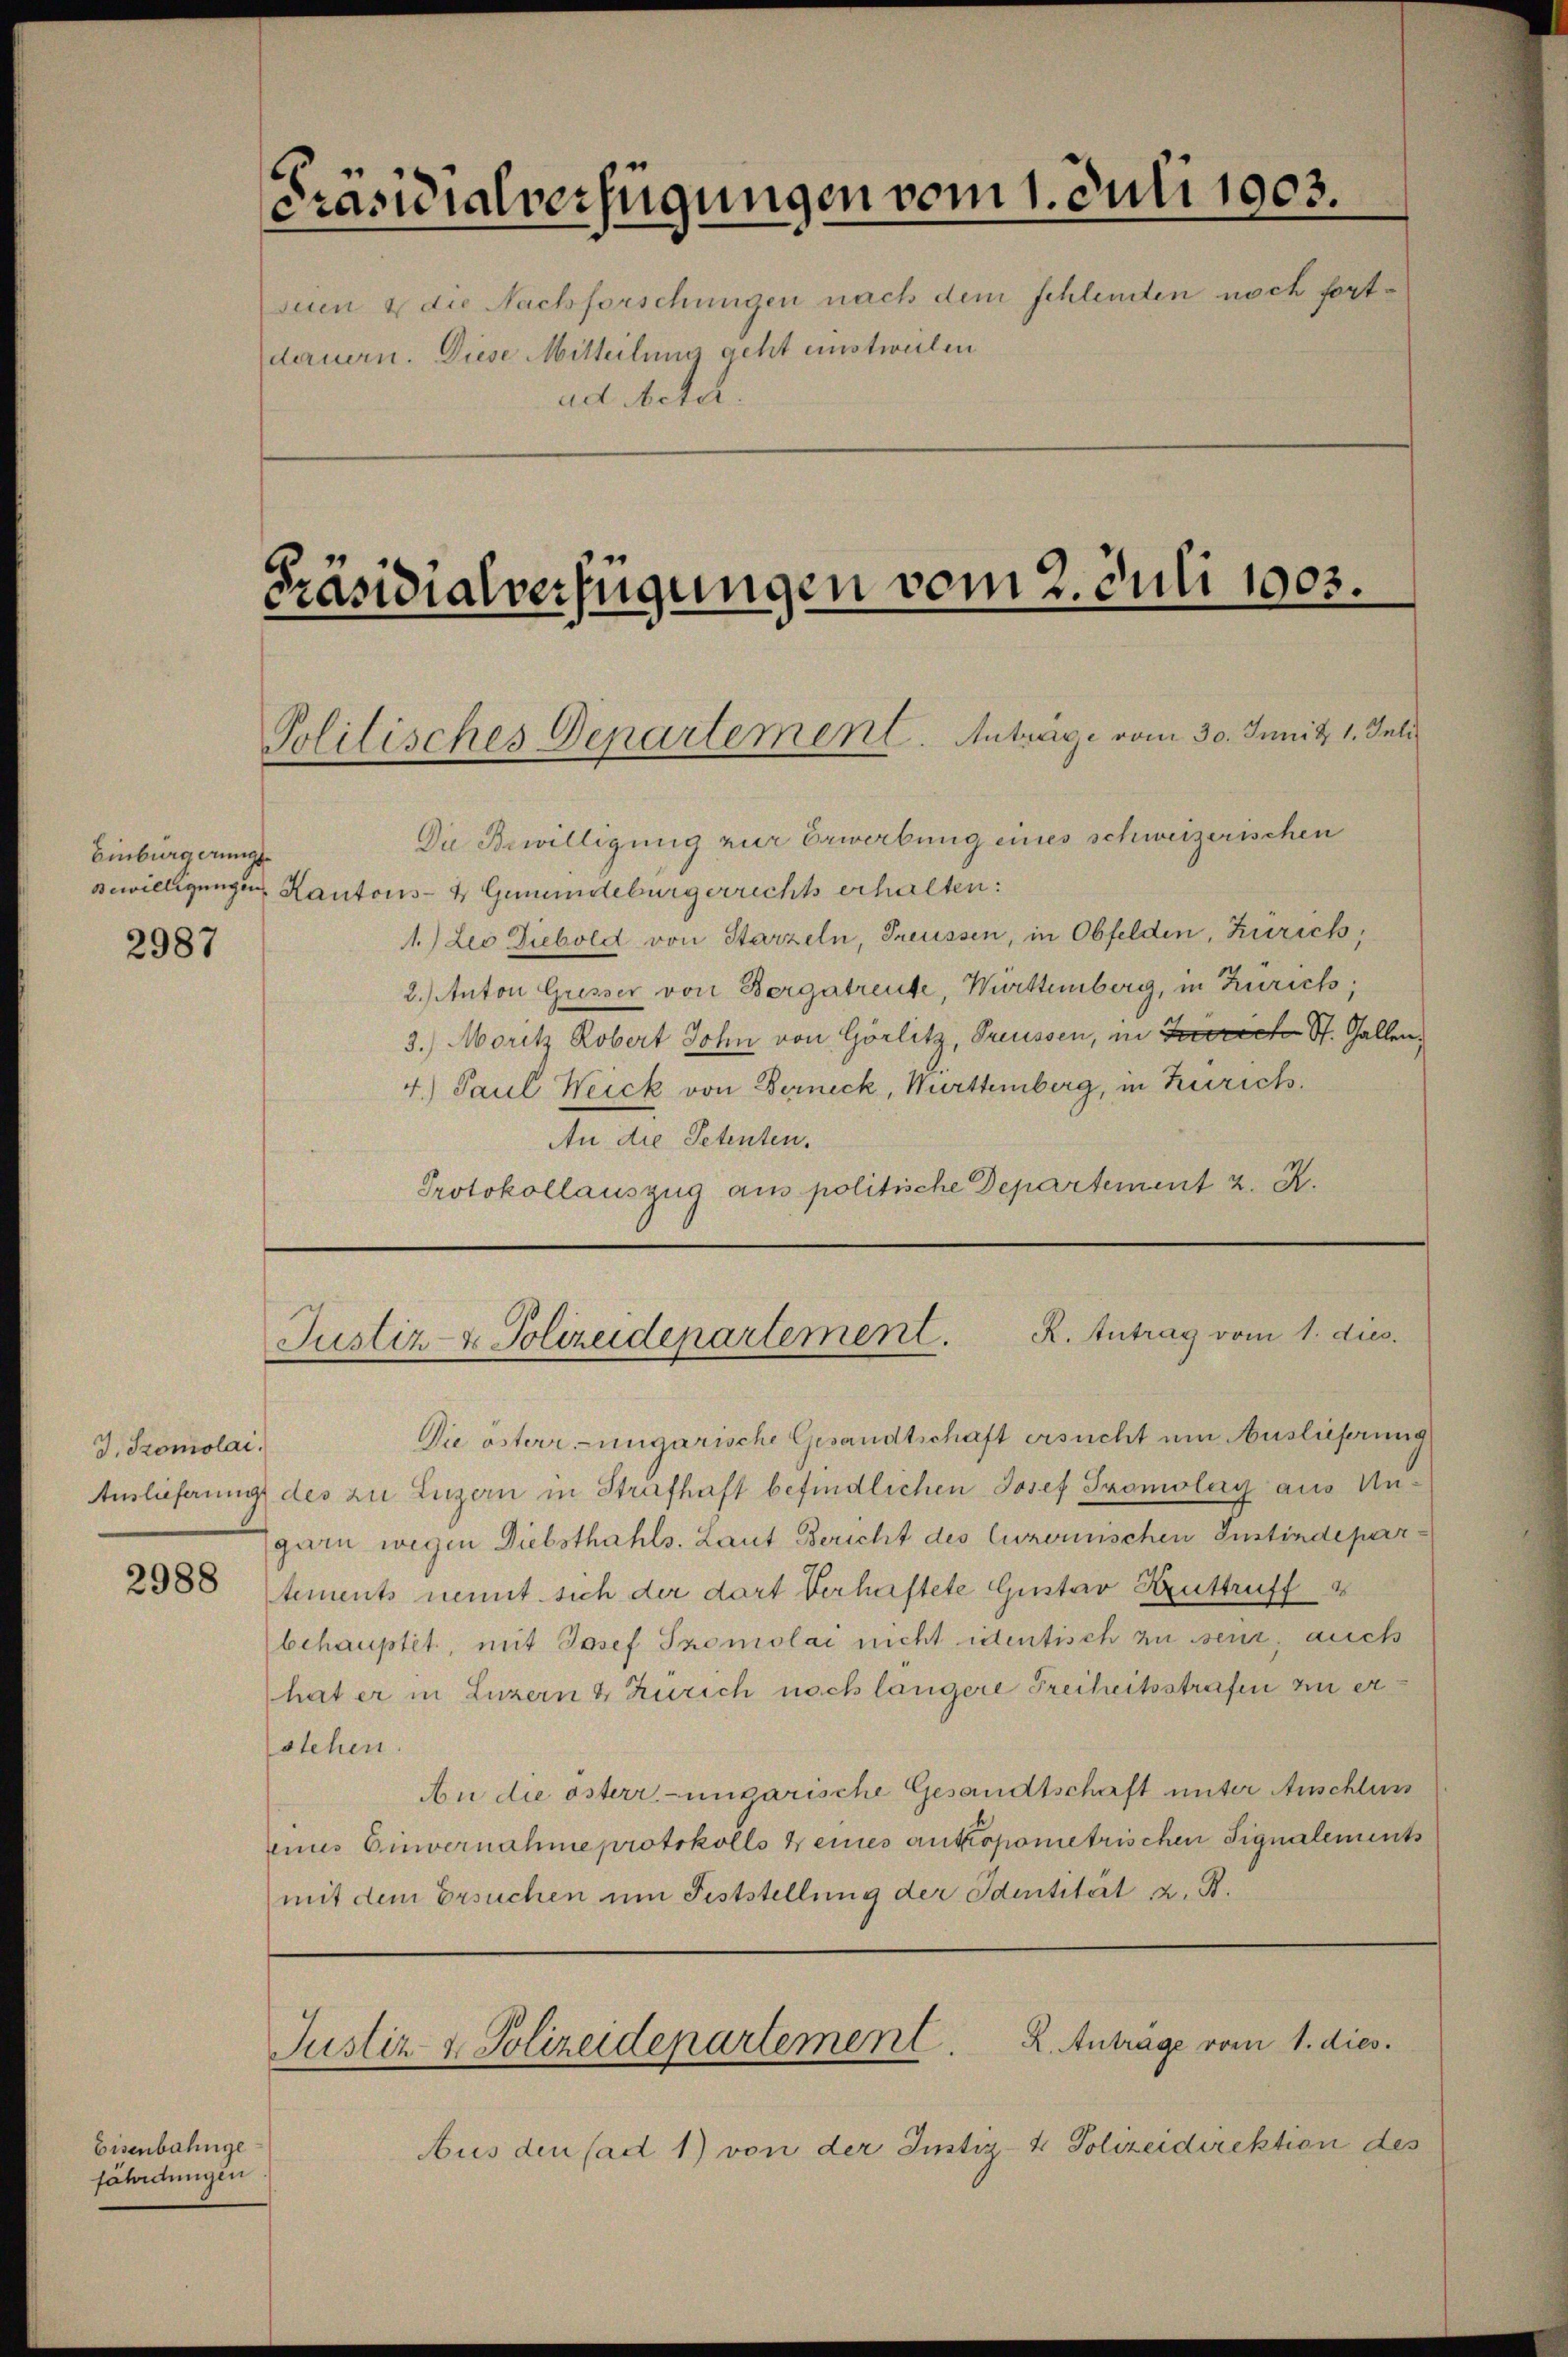
Einbürgerungs¬

2987

2988

Eisenbahnge
fährdungen

Präsidialverfügungen vom 1. Juli 1903.
suen & die Nachforschungen nach dem schlenden noch fortdauern. Diese Mitteilung geht einstweilen
ad Acta.

Präsidialverfügungen vom 2. Juli 1903.

J. Promolai.

Politisches Departement. Anträge vom 30. Juni d. 1. Juli

Du Bewilligung zur Erwerbung eines schweizerischen
Bewilligungen Kantons- & Gemeindebürgerrichts erhalten:
1.) Leo Diebold von Starzeln, Treussen, in Obfelden, Zürich,
2.) Anton Grisser von Bergatreute, Württemberg, in Zürich;
3.) Moritz Robert John von Görlitz, Preissen, in Terrich St. Gallen,
4.) Paul Weick von Berneck, Württemberg, in Zürich.
An die Petenten.
Protokollauszug aus politische Departement 2. X.

R. Antrag vom 1. dies.
Justiz- & Polizeidepartement.

Justiz- & Polizeidepartement. 2. Anträge vom 1. dies.

Die österr-ungarische Gesandtschaft ersucht um Auslieferung
Auslieferung des zu Luzern in Striefhaft befindlichen Josef Promolay aus Ungarn wegen Diebstahls. Laut Bericht des luzernischen Instindepartements nennt sich der dort Verhaftete Gustav Bruttruff 2
behauptet, mit Josef Promolai nicht identisch zu seur, auch
hat er in Luzern & Zürich nach längere Freiheitsstrafen zu erstehen.
An die österr.-ungarische Gesandtschaft unter Anschluss
enues Einvernahme protokolls keines ankopometrischen Signalements
mit dem Ersuchen um Feststellung der Identität z. B.

Aus den (ad 1) von der Justiz- & Polizeidirektion des